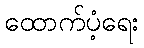
ထောက်ပံ့ရေး